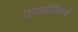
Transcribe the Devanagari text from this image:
उपजीविकचे